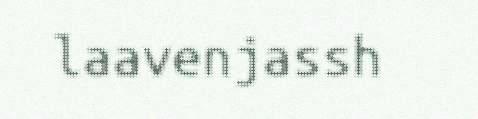
laavenjassh